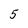
Character: 5